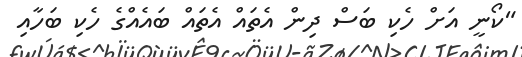
"ކޯނީ އަށް ހެކި ބަސް ދިން އެތައް އެތައް ބައެއްގެ ހެކި ބަހާއި